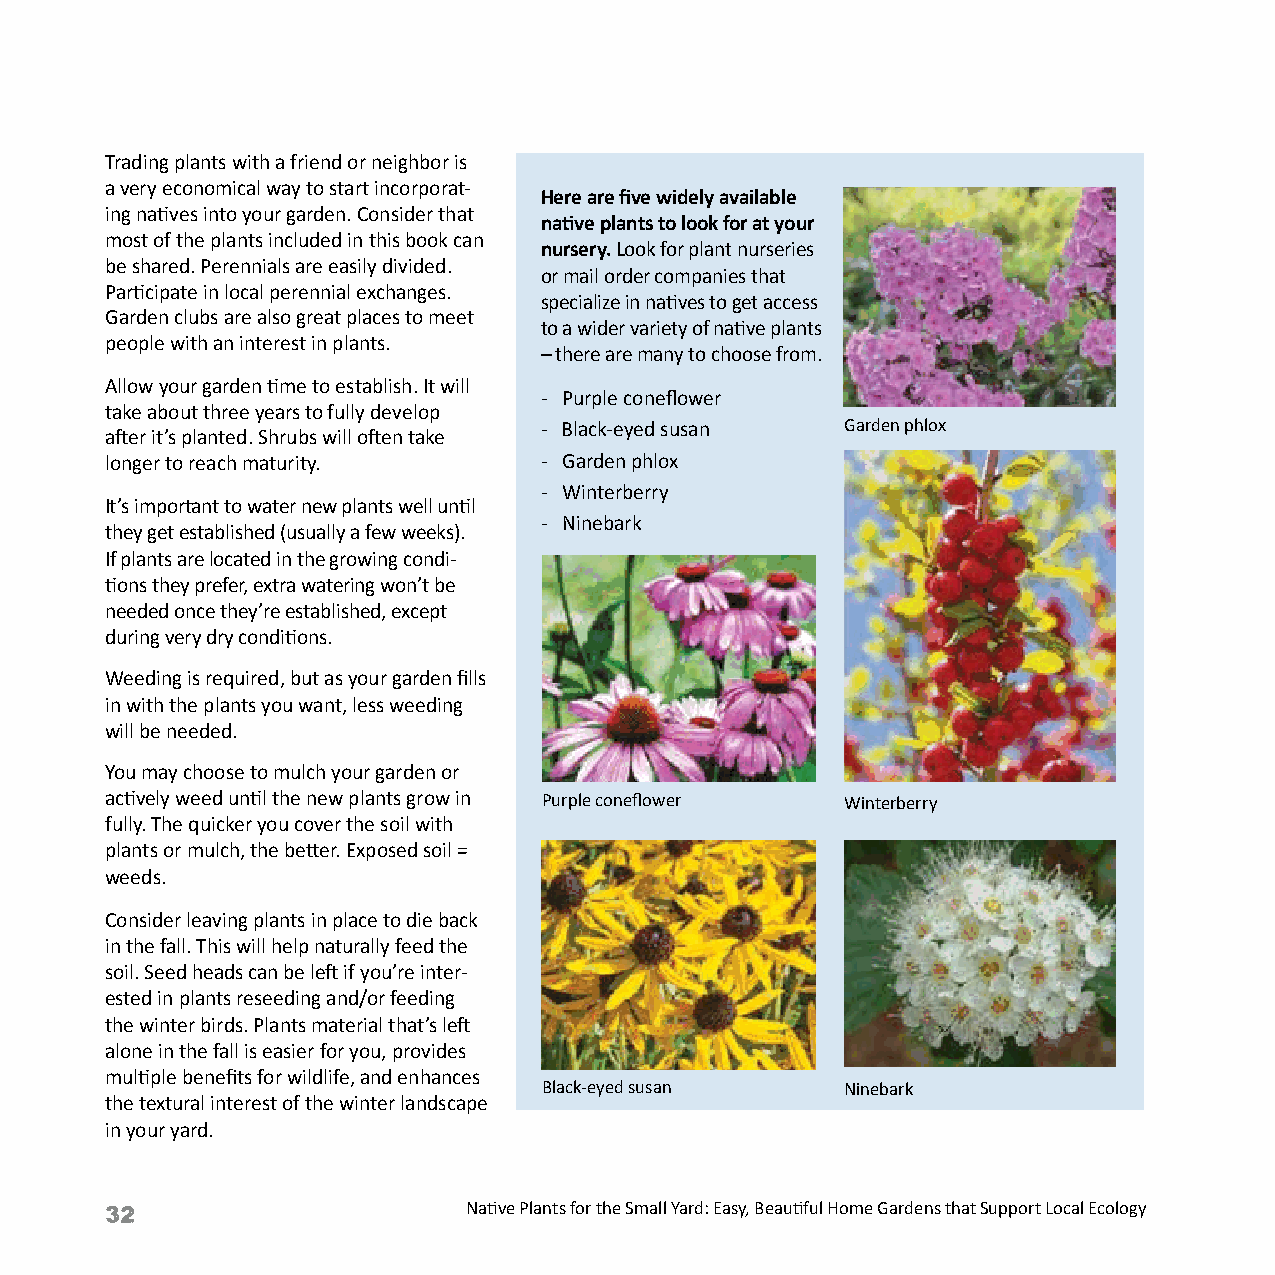
Trading plants with a friend or neighbor is
 a very economical way to start incorporat-
 Here are five widely available
 ing natives into your garden. Consider that
 native plants to look for at your
 most of the plants included in this book can
 nursery. Look for plant nurseries
 be shared. Perennials are easily divided.
 or mail order companies that
 Participate in local perennial exchanges.
 specialize in natives to get access
 Garden clubs are also great places to meet
 to a wider variety of native plants
 people with an interest in plants.
 – there are many to choose from.
 Allow your garden time to establish. It will
 - Purple coneflower
 take about three years to fully develop
 - Black-eyed susan  Garden phlox
 after it’s planted. Shrubs will often take
 longer to reach maturity.    - Garden phlox
 - Winterberry
 It’s important to water new plants well until
 - Ninebark
 they get established (usually a few weeks).
 If plants are located in the growing condi-
 tions they prefer, extra watering won’t be
 needed once they’re established, except
 during very dry conditions.
 Weeding is required, but as your garden fills
 in with the plants you want, less weeding
 will be needed.
 You may choose to mulch your garden or
 actively weed until the new plants grow in Purple coneflower Winterberry
 fully. The quicker you cover the soil with
 plants or mulch, the better. Exposed soil =
 weeds.
 Consider leaving plants in place to die back
 in the fall. This will help naturally feed the
 soil. Seed heads can be left if you’re inter-
 ested in plants reseeding and/or feeding
 the winter birds. Plants material that’s left
 alone in the fall is easier for you, provides
 multiple benefits for wildlife, and enhances
 Black-eyed susan    Ninebark
 the textural interest of the winter landscape
 in your yard.
 32                      Native Plants for the Small Yard: Easy, Beautiful Home Gardens that Support Local Ecology